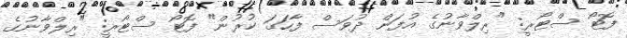
ފޮޓޯ ސްޓޯރީ: "ރިލްވާނުގެ އުފަން ދުވަސް ފާހަގަ ކުރުން" ފޮޓޯ ސްޓޯރީ: "ރިލްވާނުގެ